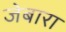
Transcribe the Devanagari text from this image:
जेबारा